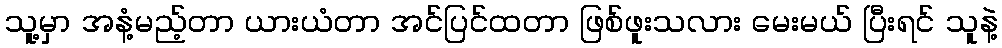
သူ့မှာ အနံ့မည့်တာ ယားယံတာ အင်ပြင်ထတာ ဖြစ်ဖူးသလား မေးမယ် ပြီးရင် သူနဲ့